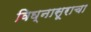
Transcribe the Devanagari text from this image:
विघ्नासूराचा